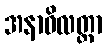
အနာဝိလတ္တာ